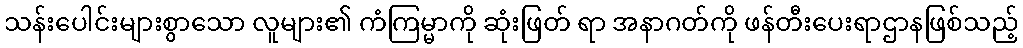
သန်းပေါင်းများစွာသော လူများ၏ ကံကြမ္မာကို ဆုံးဖြတ် ရာ အနာဂတ်ကို ဖန်တီးပေးရာဌာနဖြစ်သည့်